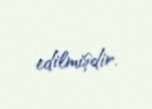
edilmişdir.